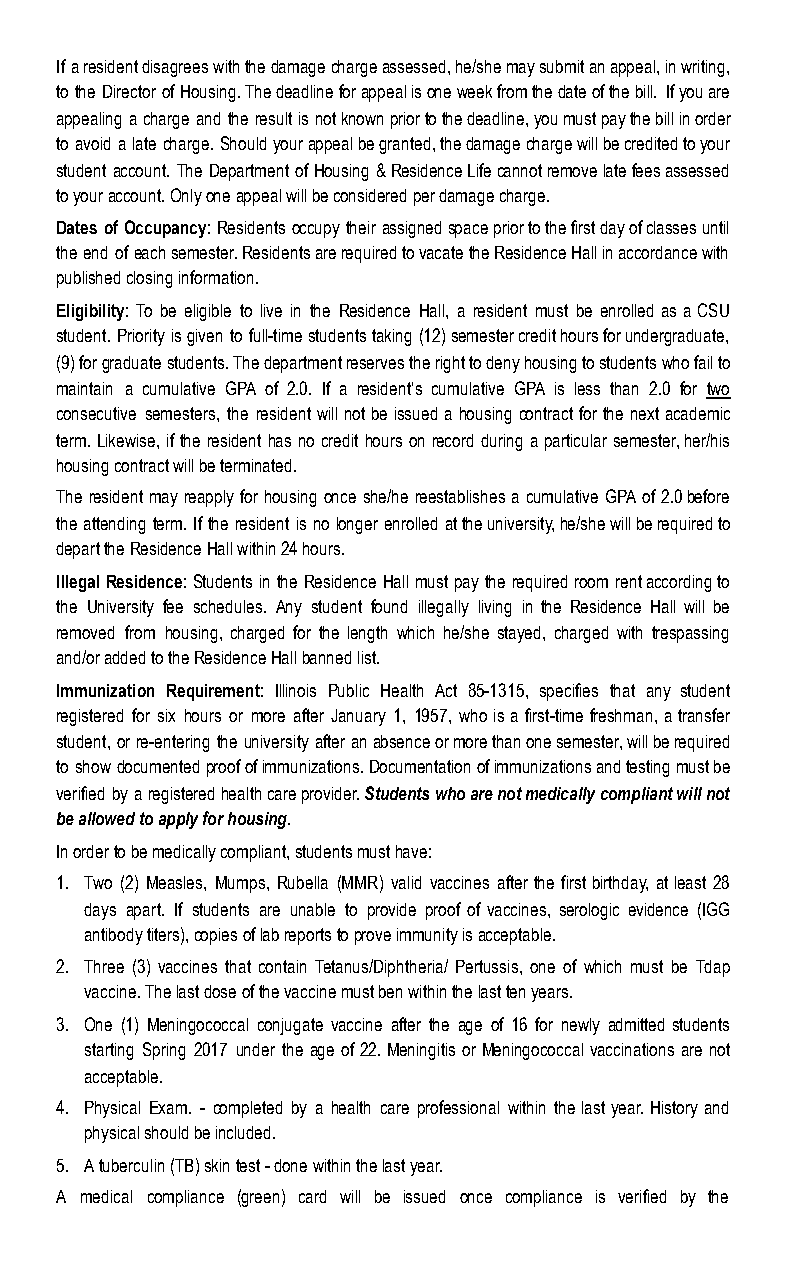
If a resident disagrees with the damage charge assessed, he/she may submit an appeal, in writing,
 to the Director of Housing. The deadline for appeal is one week from the date of the bill. If you are
 appealing a charge and the result is not known prior to the deadline, you must pay the bill in order
 to avoid a late charge. Should your appeal be granted, the damage charge will be credited to your
 student account. The Department of Housing & Residence Life cannot remove late fees assessed
 to your account. Only one appeal will be considered per damage charge.
 Dates of Occupancy: Residents occupy their assigned space prior to the first day of classes until
 the end of each semester. Residents are required to vacate the Residence Hall in accordance with
 published closing information.
 Eligibility: To be eligible to live in the Residence Hall, a resident must be enrolled as a CSU
 student. Priority is given to full-time students taking (12) semester credit hours for undergraduate,
 (9) for graduate students. The department reserves the right to deny housing to students who fail to
 maintain a cumulative GPA of 2.0. If a resident’s cumulative GPA is less than 2.0 for two
 consecutive semesters, the resident will not be issued a housing contract for the next academic
 term. Likewise, if the resident has no credit hours on record during a particular semester, her/his
 housing contract will be terminated.
 The resident may reapply for housing once she/he reestablishes a cumulative GPA of 2.0 before
 the attending term. If the resident is no longer enrolled at the university, he/she will be required to
 depart the Residence Hall within 24 hours.
 Illegal Residence: Students in the Residence Hall must pay the required room rent according to
 the University fee schedules. Any student found illegally living in the Residence Hall will be
 removed from housing, charged for the length which he/she stayed, charged with trespassing
 and/or added to the Residence Hall banned list.
 Immunization Requirement: Illinois Public Health Act 85-1315, specifies that any student
 registered for six hours or more after January 1, 1957, who is a first-time freshman, a transfer
 student, or re-entering the university after an absence or more than one semester, will be required
 to show documented proof of immunizations. Documentation of immunizations and testing must be
 verified by a registered health care provider. Students who are not medically compliant will not
 be allowed to apply for housing.
 In order to be medically compliant, students must have:
 1. Two (2) Measles, Mumps, Rubella (MMR) valid vaccines after the first birthday, at least 28
 days apart. If students are unable to provide proof of vaccines, serologic evidence (IGG
 antibody titers), copies of lab reports to prove immunity is acceptable.
 2. Three (3) vaccines that contain Tetanus/Diphtheria/ Pertussis, one of which must be Tdap
 vaccine. The last dose of the vaccine must ben within the last ten years.
 3. One (1) Meningococcal conjugate vaccine after the age of 16 for newly admitted students
 starting Spring 2017 under the age of 22. Meningitis or Meningococcal vaccinations are not
 acceptable.
 4. Physical Exam. - completed by a health care professional within the last year. History and
 physical should be included.
 5. A tuberculin (TB) skin test - done within the last year.
 A medical compliance (green) card will be issued once compliance is verified by the